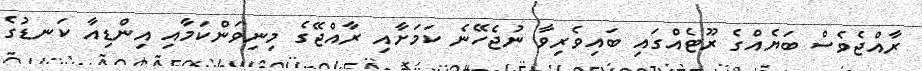
ރާއްޖެވެސް ބަޔެއްގެ ރޫޓެއްގައި ބައިވެރިވާ ނުޖެހޭނެ ކަމަށާއި ރާއްޖޭގެ މިނިވަންކަމާއި އިންޑިއާ ކަނޑުގެ